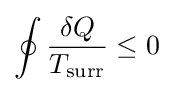
\oint {\frac {\delta Q}{T_{\text{surr}}}}\leq 0